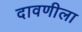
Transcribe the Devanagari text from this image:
दावणीला